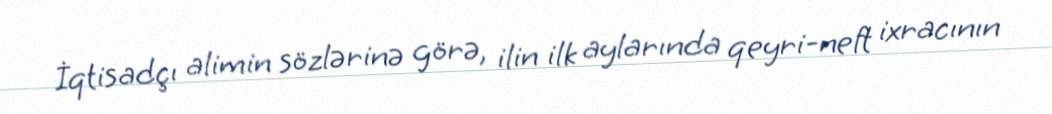
İqtisadçı alimin sözlərinə görə, ilin ilk aylarında qeyri-neft ixracının